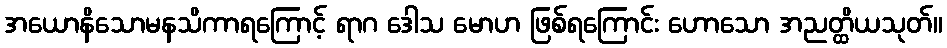
အယောနိသောမနသိကာရကြောင့် ရာဂ ဒေါသ မောဟ ဖြစ်ရကြောင်း ဟောသော အညတ္ထိယသုတ်။